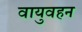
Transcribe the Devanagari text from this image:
वायुवहन